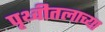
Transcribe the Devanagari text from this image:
पृथ्वीतलाच्या